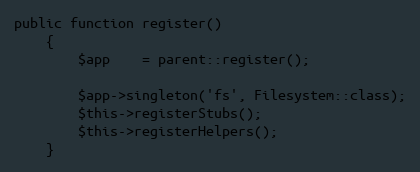
Language: PHP
public function register()
    {
        $app    = parent::register();

        $app->singleton('fs', Filesystem::class);
        $this->registerStubs();
        $this->registerHelpers();
    }